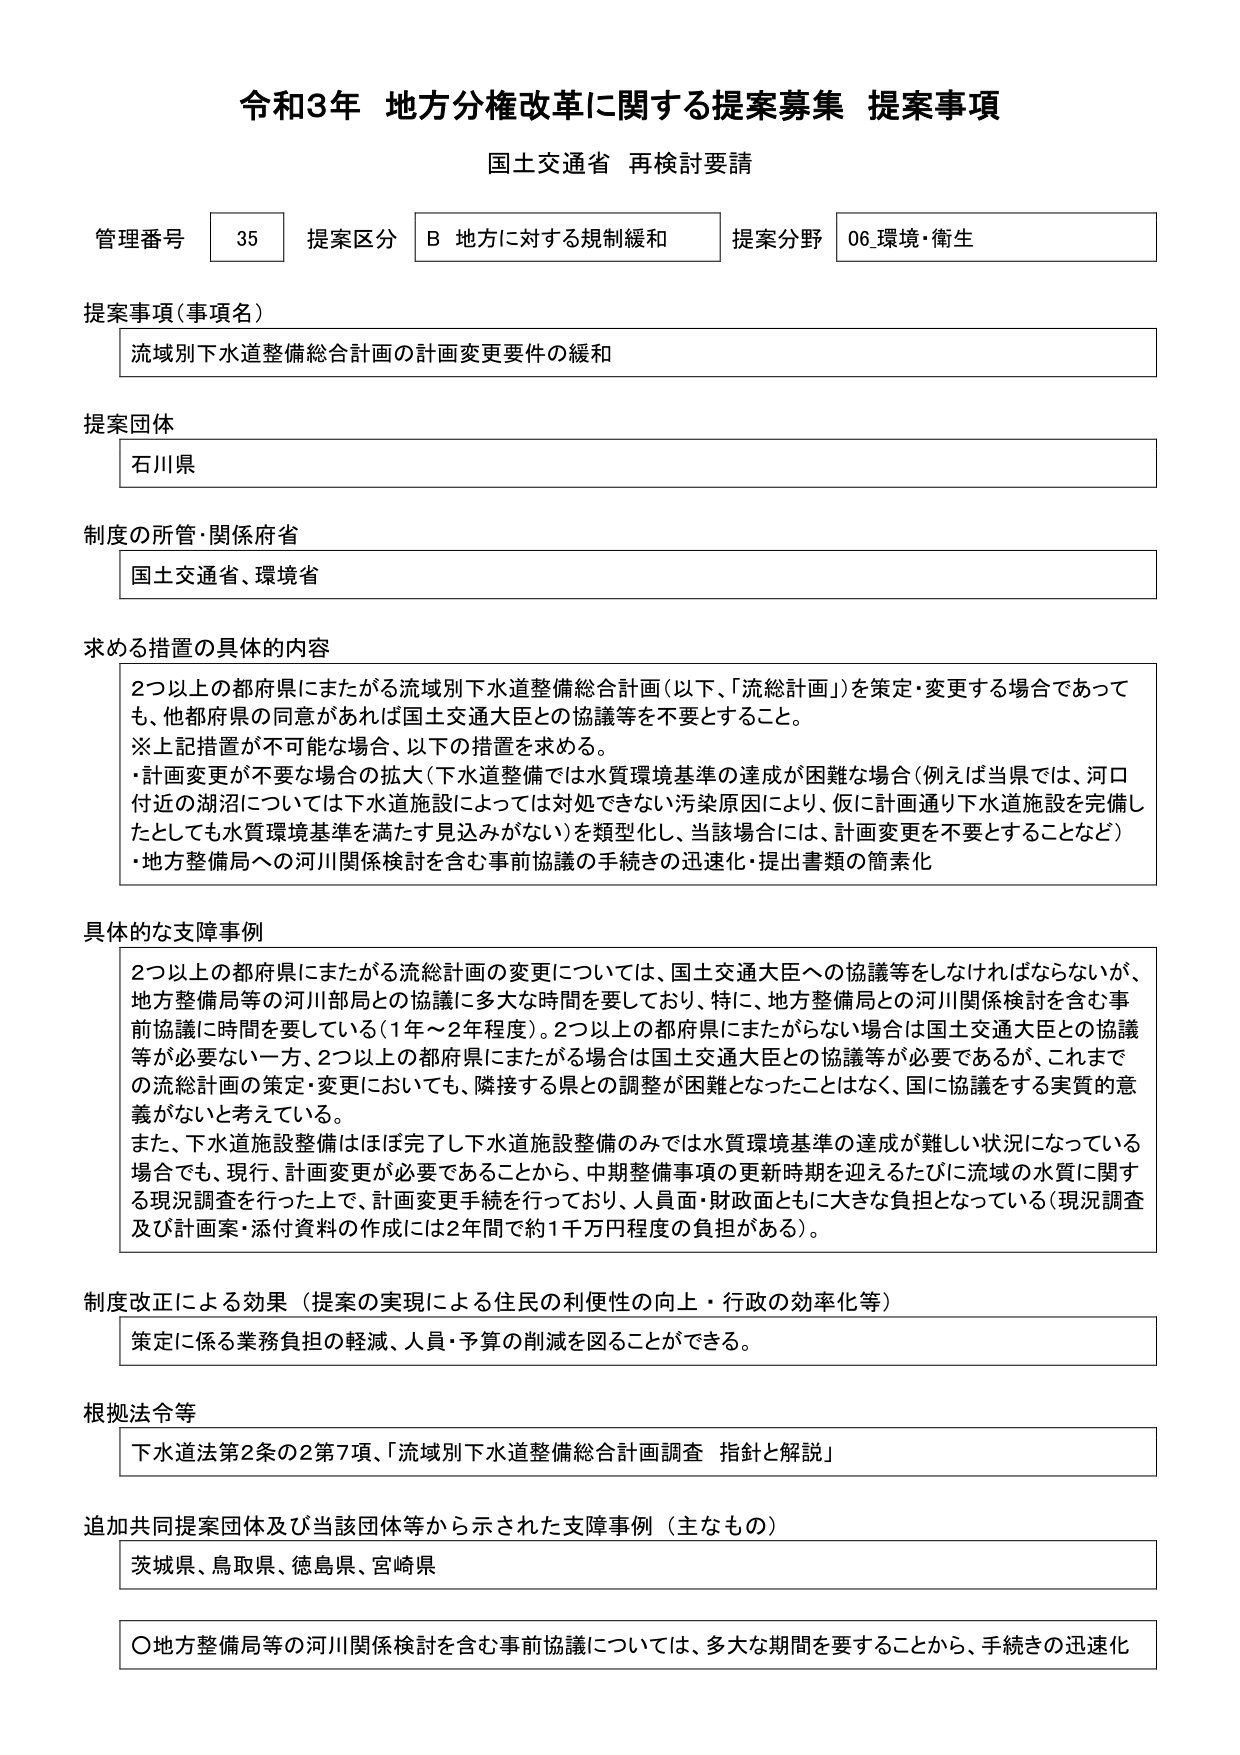
令和3年 地方分権改革に関する提案募集 提案事項
国土交通省 再検討要請

管理番号 35 提案区分 B 地方に対する規制緩和 提案分野 06 環境・衛生

提案事項（事項名）
流域別下水道整備総合計画の計画変更要件の緩和

提案団体
石川県

制度の所管・関係府省
国土交通省、環境省

求める措置の具体的内容
2つ以上の都府県にまたがる流域別下水道整備総合計画（以下、「流総計画」）を策定・変更する場合であっても、他都府県の同意があれば国土交通大臣との協議等を不要とすること。
※上記措置が不可能な場合、以下の措置を求める。
・計画変更が不要な場合の拡大（下水道整備では水質環境基準の達成が困難な場合（例えば当県では、河口付近の湖沼については下水道施設によっては対処できない汚染原因により、仮に計画通り下水道施設を完備したとしても水質環境基準を満たす見込みがない）を類型化し、当該場合には、計画変更を不要とすることなど）
・地方整備局への河川関係検討を含む事前協議の手続きの迅速化・提出書類の簡素化

具体的な支障事例
2つ以上の都府県にまたがる流総計画の変更については、国土交通大臣への協議等をしなければならないが、地方整備局等の河川部局との協議に多大な時間を要しており、特に、地方整備局との河川関係検討を含む事前協議に時間を要している（1年～2年程度）。2つ以上の都府県にまたがらない場合は国土交通大臣との協議等が必要ない一方、2つ以上の都府県にまたがる場合は国土交通大臣との協議等が必要であるが、これまでの流総計画の策定・変更においても、隣接する県との調整が困難となったことはなく、国に協議をする実質的意義がないと考えている。
また、下水道施設整備はほぼ完了し下水道施設整備のみでは水質環境基準の達成が難しい状況になっている場合でも、現行、計画変更が必要であることから、中期整備事項の更新時期を迎えるたびに流域の水質に関する現況調査を行った上で、計画変更手続を行っており、人員面・財政面ともに大きな負担となっている（現況調査及び計画案・添付資料の作成には2年間で約1千万円程度の負担がある）。

制度改正による効果（提案の実現による住民の利便性の向上・行政の効率化等）
策定に係る業務負担の軽減、人員・予算の削減を図ることができる。

根拠法令等
下水道法第2条の2第7項、「流域別下水道整備総合計画調査 指針と解説」

追加共同提案団体及び当該団体等から示された支障事例（主なもの）
茨城県、鳥取県、徳島県、宮崎県

〇地方整備局等の河川関係検討を含む事前協議については、多大な期間を要することから、手続きの迅速化